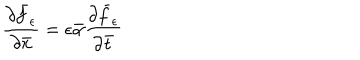
LaTeX: \frac { \partial \bar { f } _ { \epsilon } } { \partial \bar { x } } = \epsilon \bar { \alpha } \frac { \partial \bar { f } _ { \epsilon } } { \partial \bar { t } }